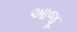
આજૂ